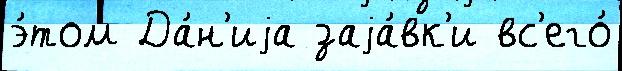
э́том Да́н'иjа заjа́вк'и вс'его́